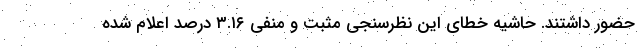
حضور داشتند. حاشیه خطای این نظرسنجی مثبت و منفی ۳.۱۶ درصد اعلام شده